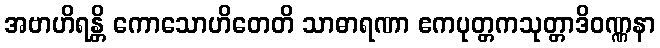
အဗာဟိရန္တိ ကောသောဟိတေတိ သာဓာရဏာ ဧကပုတ္တကသုတ္တာဒိဝဏ္ဏနာ